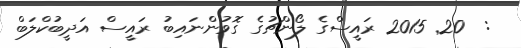
:  20